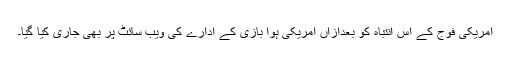
امریکی فوج کے اس انتباہ کو بعدازاں امریکی ہوا بازی کے ادارے کی ویب سائٹ پر بھی جاری کیا گیا۔